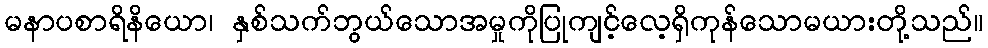
မနာပစာရိနိယော၊ နှစ်သက်ဘွယ်သောအမှုကိုပြုကျင့်လေ့ရှိကုန်သောမယားတို့သည်။